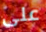
على